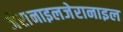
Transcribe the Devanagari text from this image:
जेरानाइलजेरानाइल